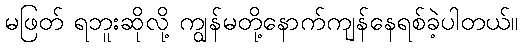
မဖြတ် ရဘူးဆိုလို့ ကျွန်မတို့နောက်ကျန်နေရစ်ခဲ့ပါတယ်။